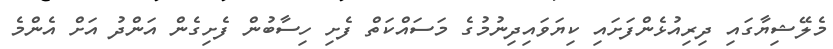
މެލޭޝިޔާގައި ދިރިއުޅެންފަށައި ކިޔަވައިދިނުމުގެ މަސައްކަތް ފެށި ހިސާބުން ފެށިގެން އަންދު އަށް އެންމެ